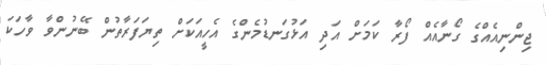
ޖިންނިއެއްގެ ގޯނާއެއް ފޯރާ ކަމަށް އަދި އަޅުގަނޑުމެންގެ އެހީއަކަށް ތިޔަފަރާތުން ބޭނުންވާ ވާހަކަ